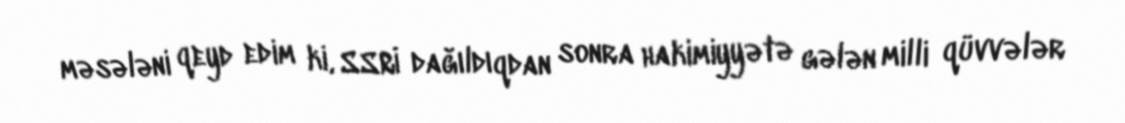
məsələni qeyd edim ki, SSRİ dağıldıqdan sonra hakimiyyətə gələn milli qüvvələr